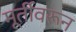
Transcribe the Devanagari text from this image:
मूर्तीवरून